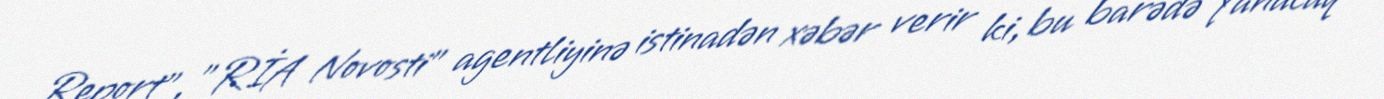
Report", "RİA Novosti" agentliyinə istinadən xəbər verir ki, bu barədə Yanacaq